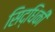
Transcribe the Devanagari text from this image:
सिद्धिकी